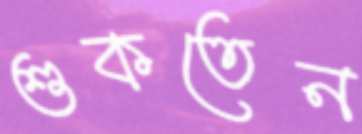
শুকতেন